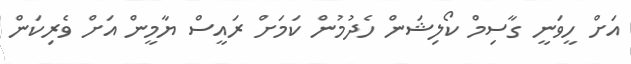
އަށް ހީވަނީ ގާސިމް ކޯލިޝަން ހެދުމުން ކަމަށް ރައީސް ޔާމީން އަށް ވެރިކަން